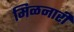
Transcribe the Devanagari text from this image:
मिळनारी